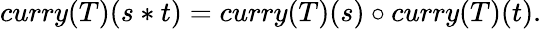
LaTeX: curry(T)(s*t)=curry(T)(s)\circ curry(T)(t).